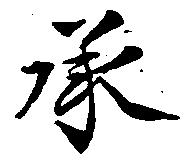
承